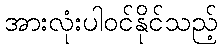
အားလုံးပါဝင်နိုင်သည့်